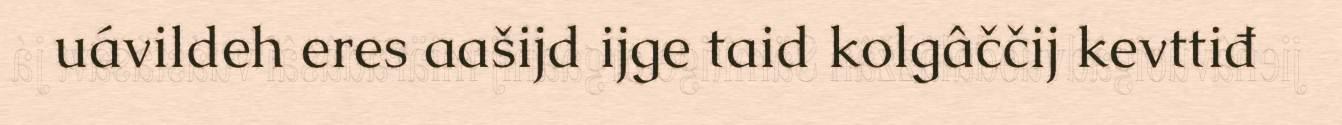
uávildeh eres aašijd ijge taid kolgâččij kevttiđ